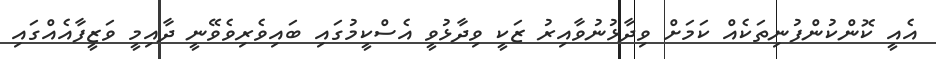
އެއީ ކޮންކުންފުނިތަކެއް ކަމަށް ވިދާޅުނުވާއިރު ޒަކީ ވިދާޅުވީ އެސްކީމުގައި ބައިވެރިވެވޭނީ ދާއިމީ ވަޒީފާއެއްގައި